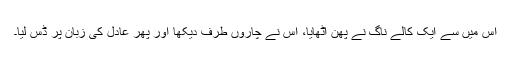
اُس میں سے ایک کالے ناگ نے پھن اُٹھایا، اُس نے چاروں طرف دیکھا اور پھر عادل کی زُبان پر ڈس لیا۔